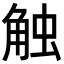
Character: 触